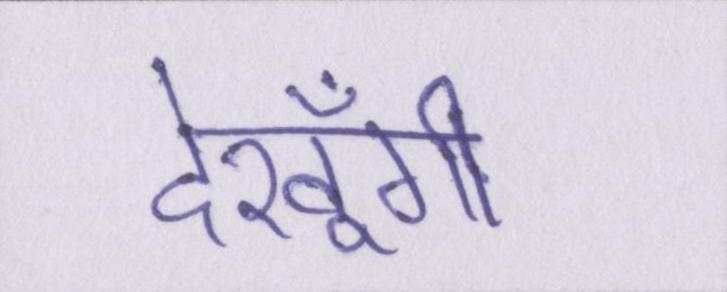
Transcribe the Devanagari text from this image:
देखूँगी